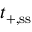
t _ { + , \ensuremath { \mathrm { s s } } }